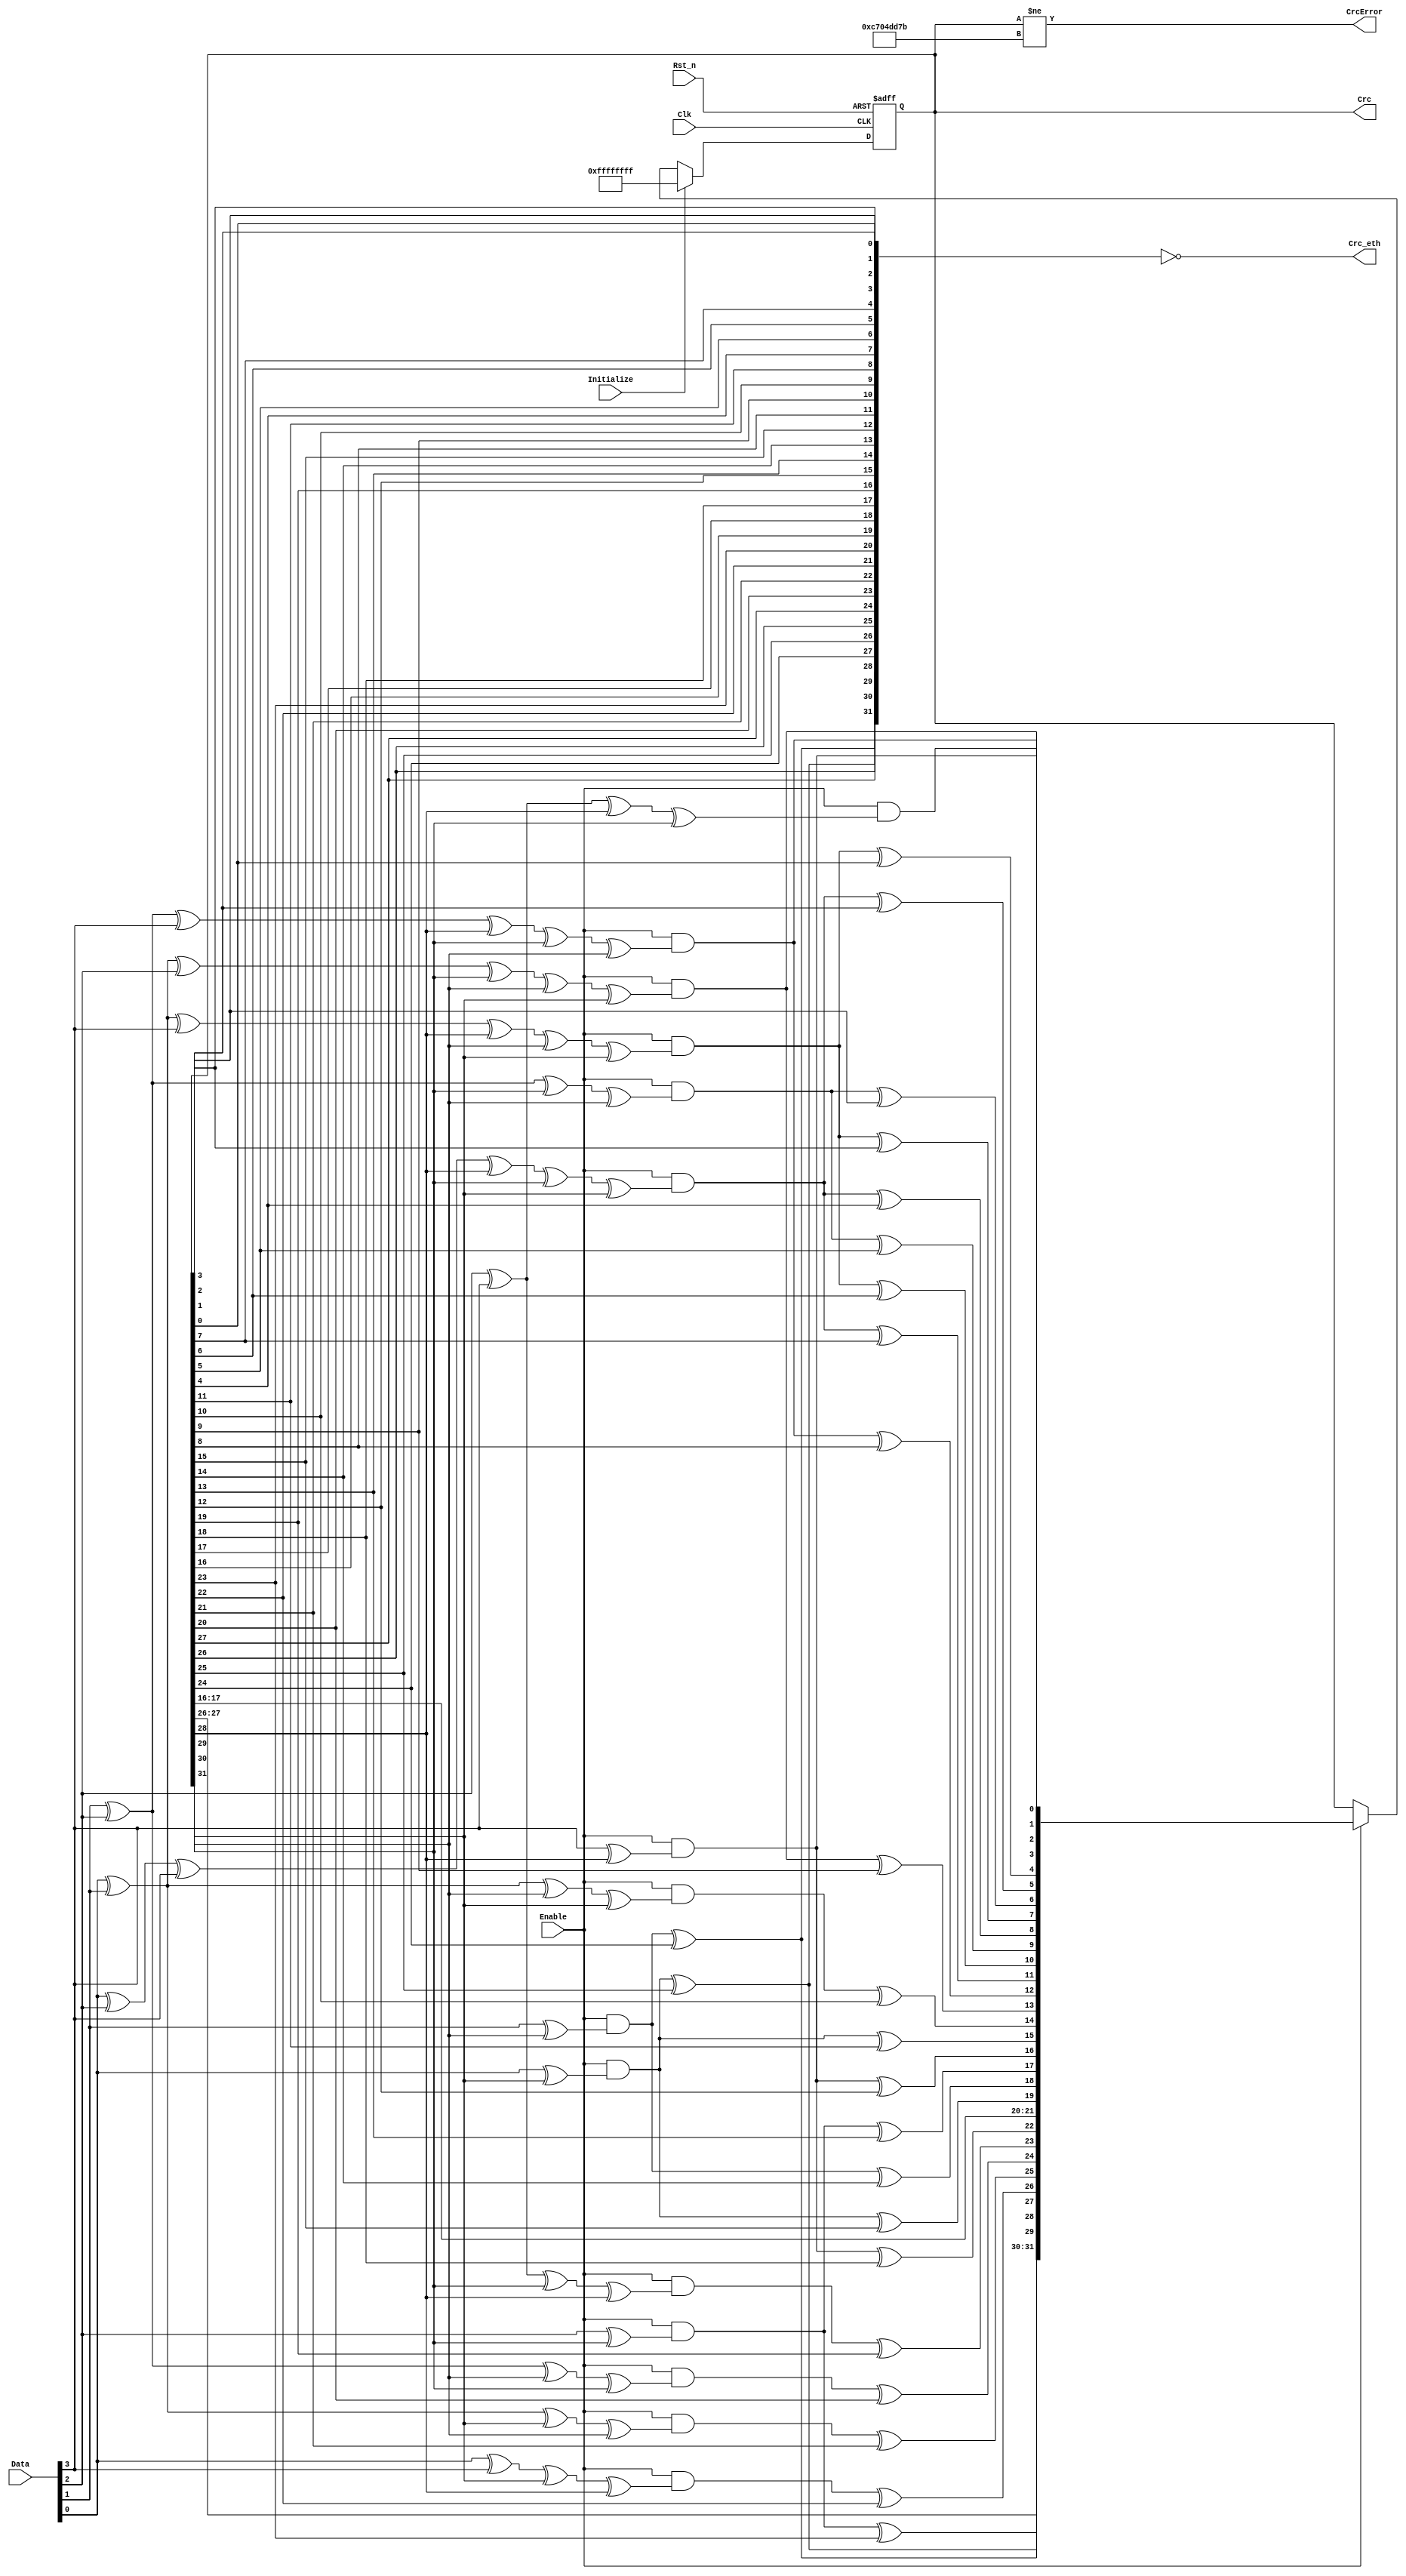
`timescale 1ns/1ns
module crc32_d4 (Clk, Rst_n, Data, Enable, Initialize, Crc, CrcError, Crc_eth);


parameter Tp = 1;

input Clk;
input Rst_n;
input [0:3] Data;
input Enable;
input Initialize;

output [31:0] Crc;
output [31:0] Crc_eth;

output CrcError;

reg  [31:0] Crc;

wire [31:0] CrcNext;

assign CrcNext[0] = Enable & (Data[0] ^ Crc[28]); 
assign CrcNext[1] = Enable & (Data[1] ^ Data[0] ^ Crc[28] ^ Crc[29]); 
assign CrcNext[2] = Enable & (Data[2] ^ Data[1] ^ Data[0] ^ Crc[28] ^ Crc[29] ^ Crc[30]); 
assign CrcNext[3] = Enable & (Data[3] ^ Data[2] ^ Data[1] ^ Crc[29] ^ Crc[30] ^ Crc[31]); 
assign CrcNext[4] = (Enable & (Data[3] ^ Data[2] ^ Data[0] ^ Crc[28] ^ Crc[30] ^ Crc[31])) ^ Crc[0]; 
assign CrcNext[5] = (Enable & (Data[3] ^ Data[1] ^ Data[0] ^ Crc[28] ^ Crc[29] ^ Crc[31])) ^ Crc[1]; 
assign CrcNext[6] = (Enable & (Data[2] ^ Data[1] ^ Crc[29] ^ Crc[30])) ^ Crc[ 2]; 
assign CrcNext[7] = (Enable & (Data[3] ^ Data[2] ^ Data[0] ^ Crc[28] ^ Crc[30] ^ Crc[31])) ^ Crc[3]; 
assign CrcNext[8] = (Enable & (Data[3] ^ Data[1] ^ Data[0] ^ Crc[28] ^ Crc[29] ^ Crc[31])) ^ Crc[4]; 
assign CrcNext[9] = (Enable & (Data[2] ^ Data[1] ^ Crc[29] ^ Crc[30])) ^ Crc[5]; 
assign CrcNext[10] = (Enable & (Data[3] ^ Data[2] ^ Data[0] ^ Crc[28] ^ Crc[30] ^ Crc[31])) ^ Crc[6]; 
assign CrcNext[11] = (Enable & (Data[3] ^ Data[1] ^ Data[0] ^ Crc[28] ^ Crc[29] ^ Crc[31])) ^ Crc[7]; 
assign CrcNext[12] = (Enable & (Data[2] ^ Data[1] ^ Data[0] ^ Crc[28] ^ Crc[29] ^ Crc[30])) ^ Crc[8]; 
assign CrcNext[13] = (Enable & (Data[3] ^ Data[2] ^ Data[1] ^ Crc[29] ^ Crc[30] ^ Crc[31])) ^ Crc[9]; 
assign CrcNext[14] = (Enable & (Data[3] ^ Data[2] ^ Crc[30] ^ Crc[31])) ^ Crc[10]; 
assign CrcNext[15] = (Enable & (Data[3] ^ Crc[31])) ^ Crc[11]; 
assign CrcNext[16] = (Enable & (Data[0] ^ Crc[28])) ^ Crc[12]; 
assign CrcNext[17] = (Enable & (Data[1] ^ Crc[29])) ^ Crc[13]; 
assign CrcNext[18] = (Enable & (Data[2] ^ Crc[30])) ^ Crc[14]; 
assign CrcNext[19] = (Enable & (Data[3] ^ Crc[31])) ^ Crc[15]; 
assign CrcNext[20] = Crc[16]; 
assign CrcNext[21] = Crc[17]; 
assign CrcNext[22] = (Enable & (Data[0] ^ Crc[28])) ^ Crc[18]; 
assign CrcNext[23] = (Enable & (Data[1] ^ Data[0] ^ Crc[29] ^ Crc[28])) ^ Crc[19]; 
assign CrcNext[24] = (Enable & (Data[2] ^ Data[1] ^ Crc[30] ^ Crc[29])) ^ Crc[20]; 
assign CrcNext[25] = (Enable & (Data[3] ^ Data[2] ^ Crc[31] ^ Crc[30])) ^ Crc[21]; 
assign CrcNext[26] = (Enable & (Data[3] ^ Data[0] ^ Crc[31] ^ Crc[28])) ^ Crc[22]; 
assign CrcNext[27] = (Enable & (Data[1] ^ Crc[29])) ^ Crc[23]; 
assign CrcNext[28] = (Enable & (Data[2] ^ Crc[30])) ^ Crc[24]; 
assign CrcNext[29] = (Enable & (Data[3] ^ Crc[31])) ^ Crc[25]; 
assign CrcNext[30] = Crc[26]; 
assign CrcNext[31] = Crc[27]; 


always @ (posedge Clk or negedge Rst_n)
begin
  if (!Rst_n)
    Crc <= #1 32'hffffffff;
  else
  if(Initialize)
    Crc <= #Tp 32'hffffffff;
  else if(Enable)
    Crc <= #Tp CrcNext;
end

assign Crc_eth = ~{
						CrcNext[28], CrcNext[29], CrcNext[30], CrcNext[31],
						Crc[24], Crc[25], Crc[26], Crc[27],
						Crc[20], Crc[21], Crc[22], Crc[23],
						Crc[16], Crc[17], Crc[18], Crc[19],
						Crc[12], Crc[13], Crc[14], Crc[15],
						Crc[ 8], Crc[ 9], Crc[10], Crc[11],
						Crc[ 4], Crc[ 5], Crc[ 6], Crc[ 7],
						Crc[ 0], Crc[ 1], Crc[ 2], Crc[ 3]};


assign CrcError = Crc[31:0] != 32'hc704dd7b;  // CRC not equal to magic number

endmodule